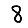
Digit: 8